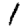
Digit: 1